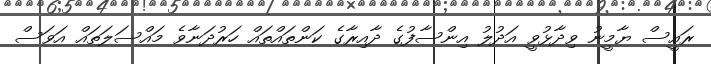
ރައީސް ޔާމީނު ވިދާޅުވީ އަދުލު އިންސާފުގެ ދާއިރާގެ ކަންތައްތައް ހަރުދަނާވެ މައްސަލަތައް އަވަސް